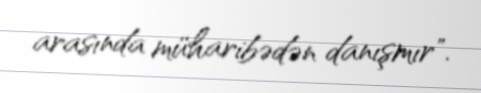
arasında müharibədən danışmır".